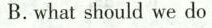
B.what should we do